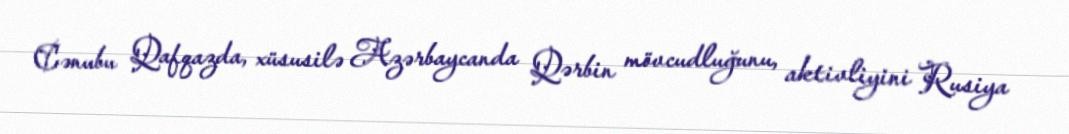
Cənubu Qafqazda, xüsusilə Azərbaycanda Qərbin mövcudluğunu, aktivliyini Rusiya